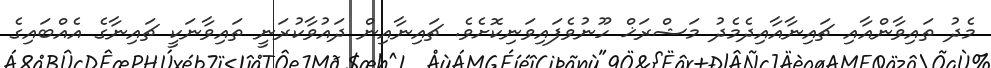
މެދު ތައިވާންއާއި ޗައިނާއާއިދެމެދު މަޝްރަޚް ހޫނުވެފައިވަނިކޮށެވެ. ޗައިނާއިން ދައުވާކުރަނީ ތައިވާނަކީ ޗައިނާގެ އެއްބައިގެ